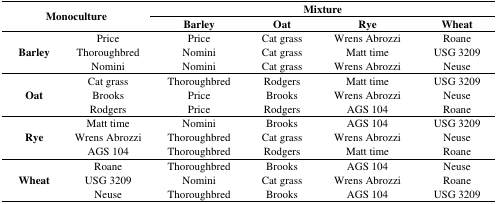
<table><thead><tr><td rowspan="2" colspan="2"><b>Monoculture</b></td><td colspan="4"><b>Mixture</b></td></tr><tr><td><b>Barley</b></td><td><b>Oat</b></td><td><b>Rye</b></td><td><b>Wheat</b></td></tr></thead><tbody><tr><td rowspan="3"><b>Barley</b></td><td>Price</td><td>Price</td><td>Cat grass</td><td>Wrens Abrozzi</td><td>Roane</td></tr><tr><td>Thoroughbred</td><td>Nomini</td><td>Cat grass</td><td>Matt time</td><td>USG 3209</td></tr><tr><td>Nomini</td><td>Nomini</td><td>Cat grass</td><td>Wrens Abrozzi</td><td>Neuse</td></tr><tr><td rowspan="3"><b>Oat</b></td><td>Cat grass</td><td>Thoroughbred</td><td>Rodgers</td><td>Matt time</td><td>USG 3209</td></tr><tr><td>Brooks</td><td>Price</td><td>Brooks</td><td>Wrens Abrozzi</td><td>Neuse</td></tr><tr><td>Rodgers</td><td>Price</td><td>Rodgers</td><td>AGS 104</td><td>Roane</td></tr><tr><td rowspan="3"><b>Rye</b></td><td>Matt time</td><td>Nomini</td><td>Brooks</td><td>AGS 104</td><td>USG 3209</td></tr><tr><td>Wrens Abrozzi</td><td>Thoroughbred</td><td>Cat grass</td><td>Wrens Abrozzi</td><td>Neuse</td></tr><tr><td>AGS 104</td><td>Thoroughbred</td><td>Rodgers</td><td>Matt time</td><td>Roane</td></tr><tr><td rowspan="3"><b>Wheat</b></td><td>Roane</td><td>Thoroughbred</td><td>Brooks</td><td>AGS 104</td><td>Neuse</td></tr><tr><td>USG 3209</td><td>Nomini</td><td>Cat grass</td><td>Wrens Abrozzi</td><td>Roane</td></tr><tr><td>Neuse</td><td>Thoroughbred</td><td>Brooks</td><td>AGS 104</td><td>USG 3209</td></tr></tbody></table>